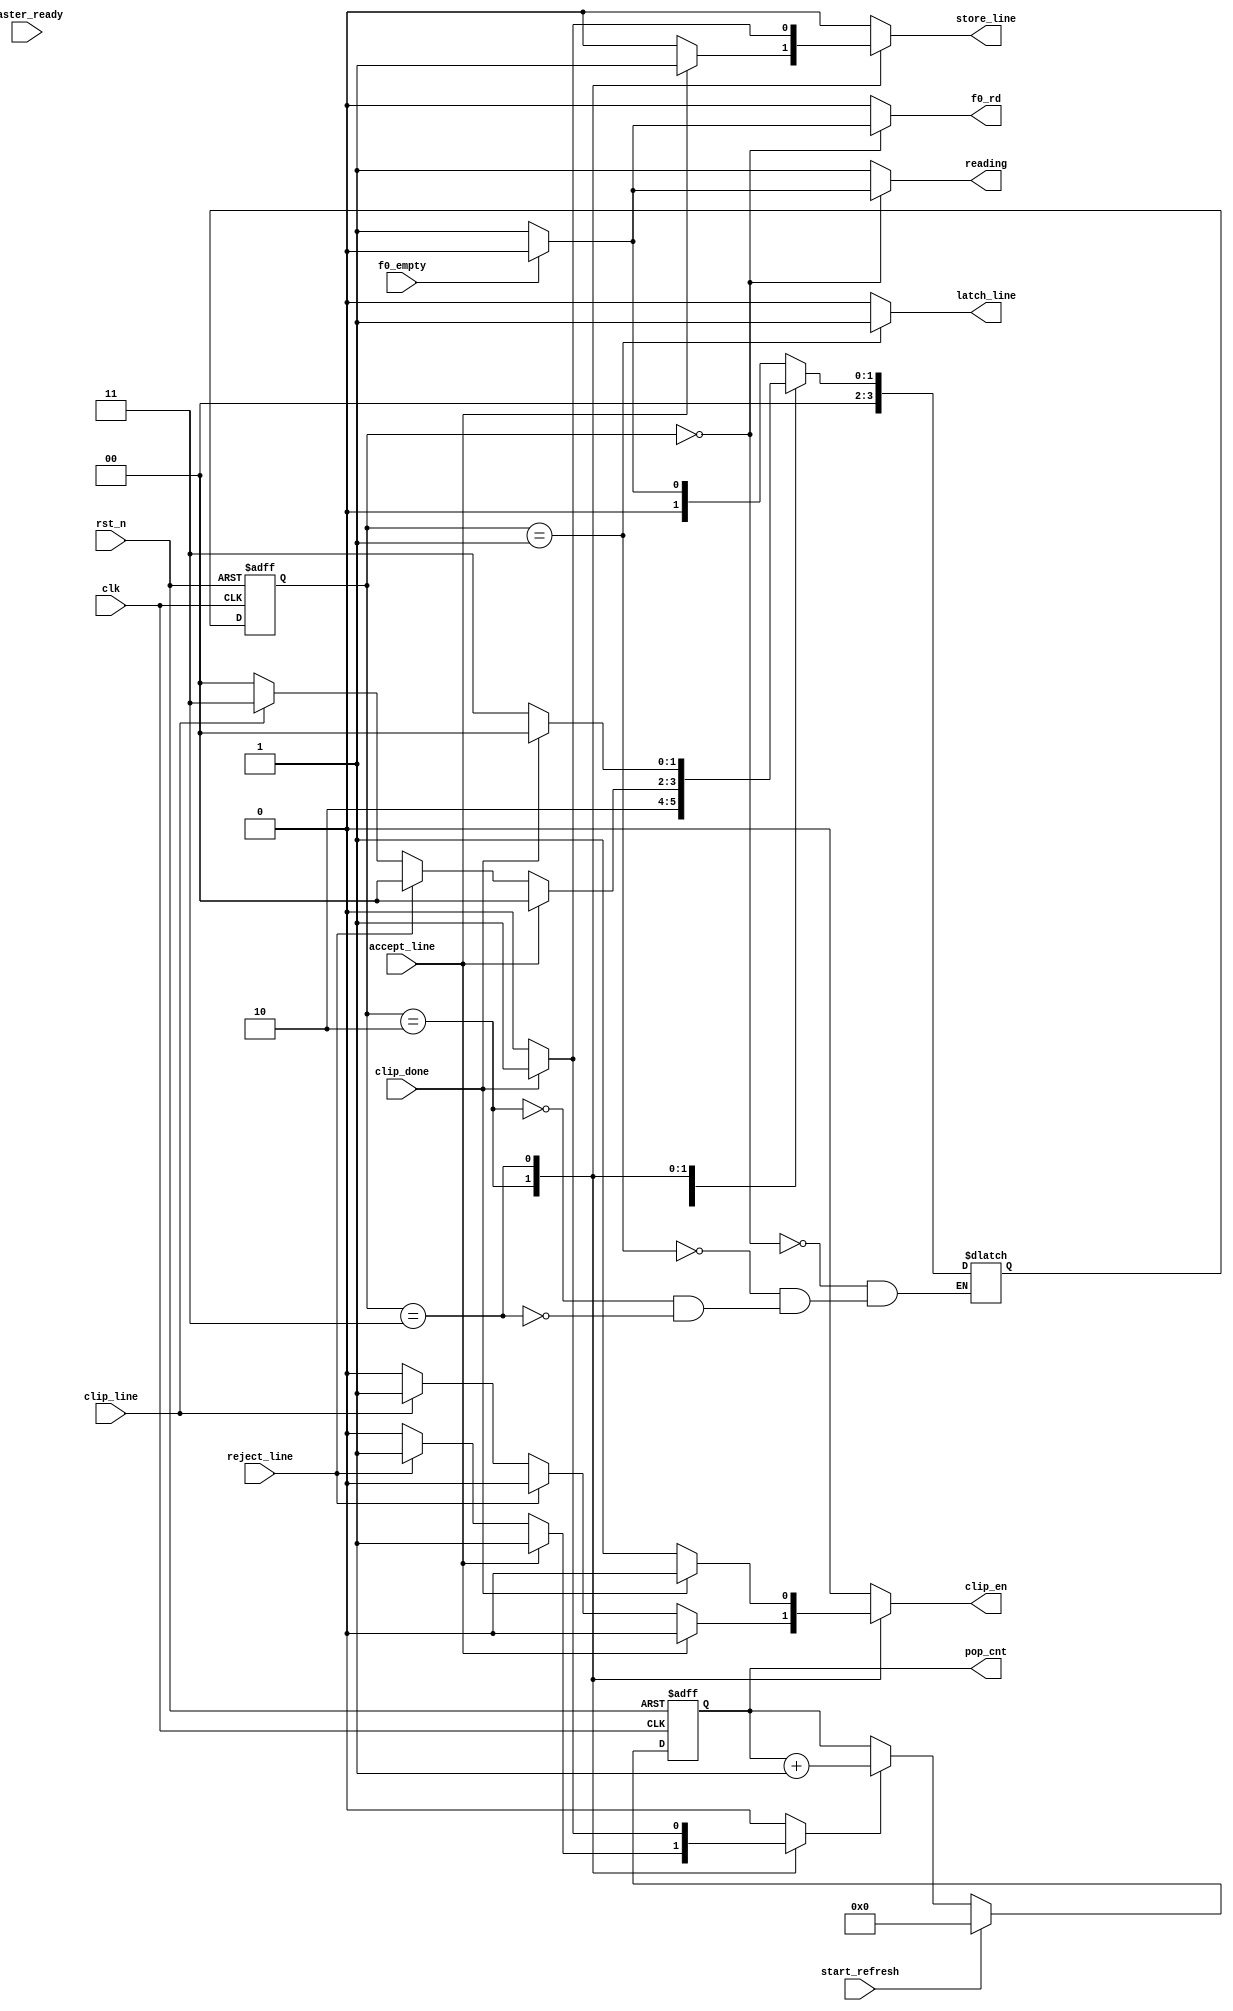
module clipping_control(input clk,
                        input rst_n,
                        input raster_ready,
                        input start_refresh,
                        input accept_line, reject_line, clip_line, clip_done,
                        input f0_empty,
                        output reg f0_rd,
                        output reg reading,
                        output reg latch_line, store_line, clip_en,
                        output reg [6:0] pop_cnt
                        );

reg inc_pop_cnt;
reg [3:0] st, nxt_st;
localparam IDLE=4'h0, WAIT_FOR_LINE=4'h1, MAKE_DECISION=4'h2,
            WAIT_FOR_CLIPPING=4'h3;

always @(posedge clk, negedge rst_n) begin
    if(!rst_n) begin
        pop_cnt <= 7'h0;
    end else begin
        if(start_refresh)
            pop_cnt <= 7'h0;
        else if(inc_pop_cnt) 
            pop_cnt <= pop_cnt +1;
    end
end

always @(posedge clk, negedge rst_n) begin
    if(!rst_n) begin
        st <= IDLE;
    end else begin
        st <= nxt_st;
    end
end

always @(*) begin
f0_rd = 1'b0;
latch_line = 1'b0;
store_line = 1'b0;
clip_en = 1'b0;
reading = 1'b1;
inc_pop_cnt = 1'b0;
case(st)
    IDLE:
        begin
            if(!f0_empty) begin
                f0_rd = 1'b1;
                nxt_st = WAIT_FOR_LINE;
            end else begin
                reading = 1'b0;
                nxt_st = IDLE;
            end
        end
    WAIT_FOR_LINE:
        begin
           latch_line = 1'b1; 
           nxt_st = MAKE_DECISION;
        end
    MAKE_DECISION:
        begin
            if(accept_line) begin
                inc_pop_cnt = 1'b1;
                store_line = 1'b1;
                nxt_st = IDLE;
            end else if (reject_line) begin //drop this and fetch next line
                inc_pop_cnt = 1'b1;
                nxt_st = IDLE;
            end else if (clip_line) begin
                clip_en = 1'b1; //not sure if this is needed
                nxt_st = WAIT_FOR_CLIPPING;
            end else begin
                nxt_st = IDLE;
            end
        end
    WAIT_FOR_CLIPPING:
        begin
            if(!clip_done) begin
                clip_en = 1'b1;
                nxt_st = WAIT_FOR_CLIPPING;
            end else begin
                inc_pop_cnt = 1'b1;
                store_line = 1'b1;
                nxt_st = IDLE;
            end
        end

endcase
end


endmodule